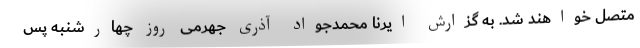
متصل خواهند شد. به گزارش ایرنا محمدجواد آذری جهرمی روز چهارشنبه پس